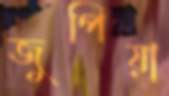
জুপিয়া